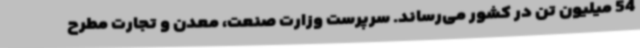
54 میلیون تن در کشور می‌رساند. سرپرست وزارت صنعت، معدن و تجارت مطرح